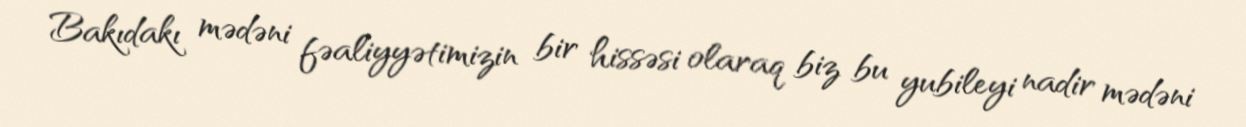
Bakıdakı mədəni fəaliyyətimizin bir hissəsi olaraq biz bu yubileyi nadir mədəni